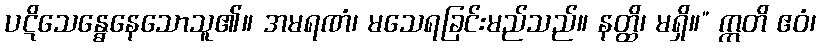
ပဋိသေန္ဓေနေသောသူ၏။ အမရဏံ၊ မသေရခြင်းမည်သည်။ နတ္ထိ၊ မရှိ။” ဣတိ ဧဝံ၊